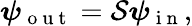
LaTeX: \boldsymbol{\psi}_{\mathrm{~o~u~t~}}=\mathcal{S}\boldsymbol{\psi}_{\mathrm{~i~n~}},